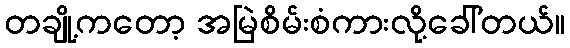
တချို့ကတော့ အမြဲစိမ်းစံကားလို့ခေါ်တယ်။